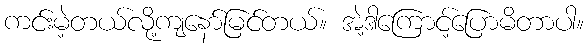
ကင်းမဲ့တယ်လို့ကျနော်မြင်တယ်။ အဲ့ဒါကြောင့်ပြောမိတာပါ။